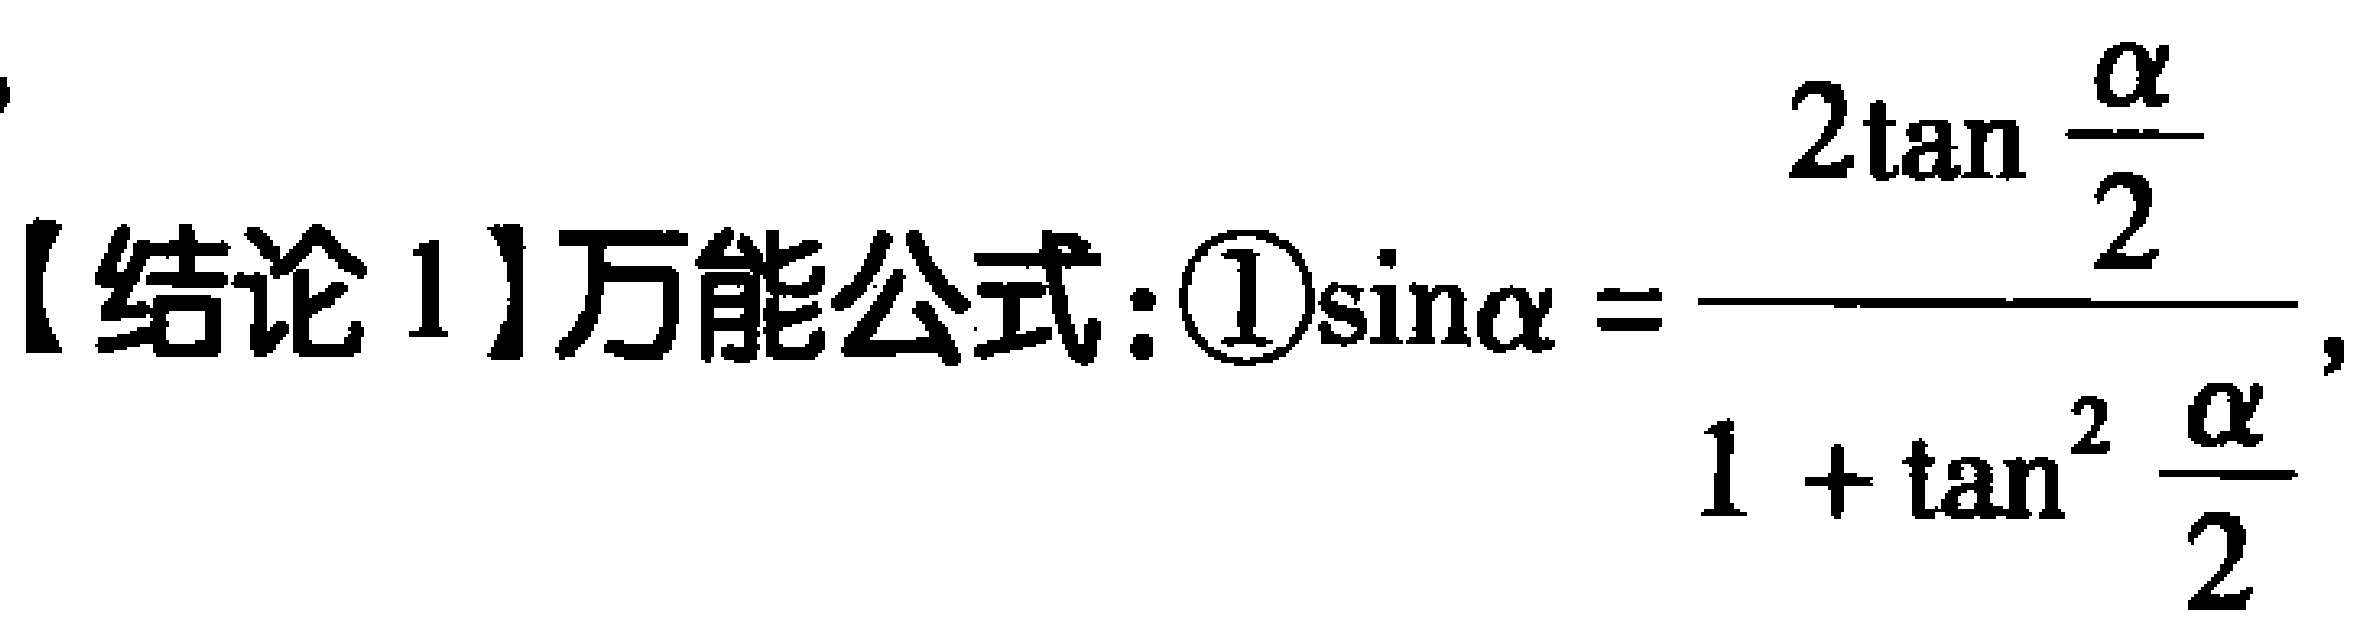
【结论 1】万能公式：\(\textcircled{1}\sin\alpha = \frac{2\tan \frac{\alpha}{2}}{1 + \tan^{2} \frac{\alpha}{2}}\)